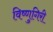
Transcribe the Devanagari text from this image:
विष्णुगिरी